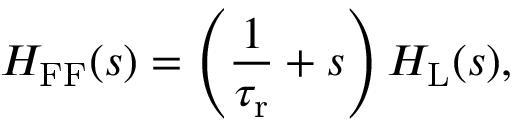
H _ { \mathrm { F F } } ( s ) = \left( \frac { 1 } { \tau _ { \mathrm { r } } } + s \right) H _ { \mathrm { L } } ( s ) ,